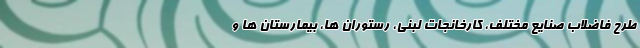
طرح فاضلاب صنایع مختلف، کارخانجات لبنی، رستوران ها، بیمارستان ها و